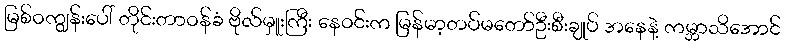
မြစ်ဝကျွန်းပေါ် တိုင်းတာဝန်ခံ ဗိုလ်မှူးကြီး နေဝင်းက မြန်မာ့တပ်မတော်ဦးစီးချုပ် အနေနဲ့ ကမ္ဘာသိအောင်